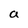
Character: a